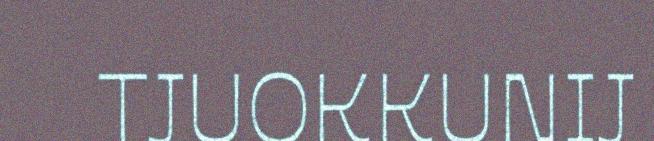
TJUOKKUNIJ